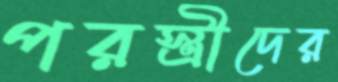
পরস্ত্রীদের